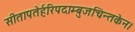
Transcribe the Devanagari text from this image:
सीतापतेर्हरिपदाम्बुजचिन्तकेन।